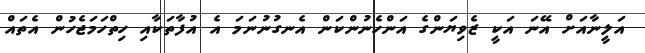
އަލީނާއަށް އޭނަ އަކީ ޒެވިޔަންގެ އަންހެނުންކަން އެނގުނުނަމަ އެ އުފާތަކާއި ހިތްހަމަޖެހުން އެތައް